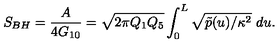
S _ { B H } = { \frac { A } { 4 G _ { 1 0 } } } = \sqrt { 2 \pi Q _ { 1 } Q _ { 5 } } \int _ { 0 } ^ { L } \sqrt { \tilde { p } ( u ) / \kappa ^ { 2 } } \ d u .